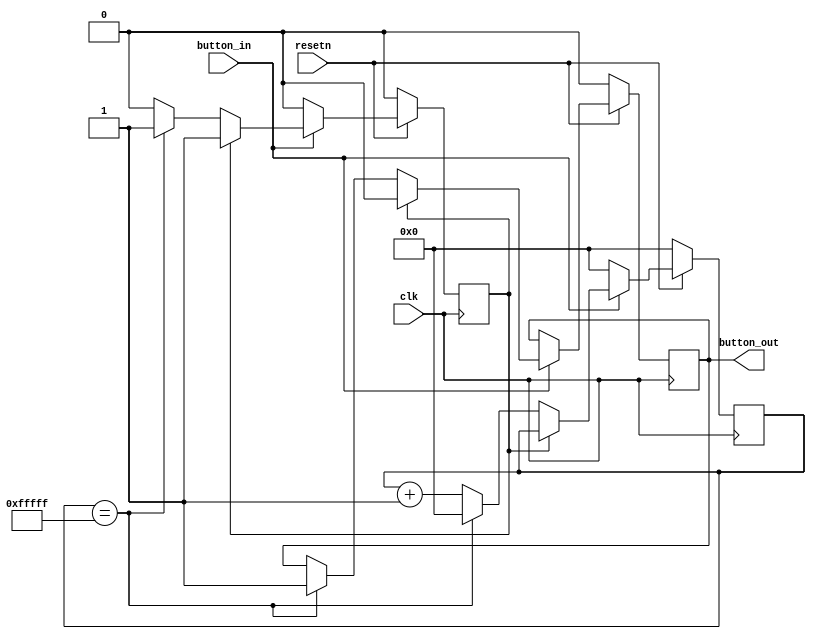
`timescale 1ns / 1ps
//////////////////////////////////////////////////////////////////////////////////
// Company: 
// 
// Design Name: 
// Module Name: debouncer
// Project Name: 
// Target Devices: 
// Tool Versions: 
// Description: 
// 
// Dependencies: 
// 
// Revision:
// Revision 0.01 - File Created
// Additional Comments:
// 
//////////////////////////////////////////////////////////////////////////////////

//Verilog Debouncer
module debouncer(clk, resetn, button_in, button_out);
    input clk, resetn, button_in;
    output reg button_out;

    parameter MAX = 20'b11111111111111111111;
    reg [19:0] deb_count;
    reg output_exist;
    
    always @(posedge clk) begin
        if (!resetn) begin
            deb_count <= 0;
            button_out <= 0;
            output_exist <= 0;
        end else if (!button_in) begin
            deb_count <= 0;
            output_exist <= 0;
        end else if (output_exist) begin
            button_out <= 0;
        end else begin 
            deb_count <= deb_count + 1;
            
            if (deb_count == MAX) begin
                deb_count <= 0;
                button_out <= 1;
                output_exist <= 1;
            end
        end
    end //always

endmodule